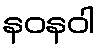
နဝနဝါ